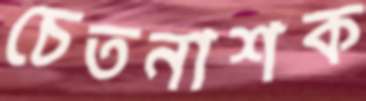
চেতনাশক